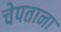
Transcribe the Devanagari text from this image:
चेपताना